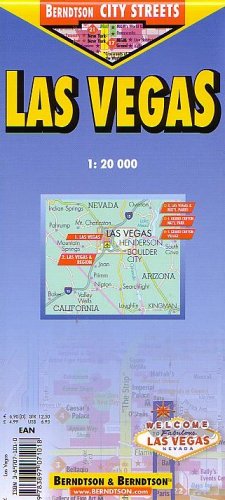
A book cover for Las Vegas City Streets (B&B Road Maps); Travel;